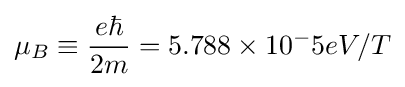
\mu _{B}\equiv {\frac {e\hbar }{2m}}=5.788\times 10^{-}5eV/T